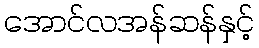
အောင်လအန်ဆန်နှင့်